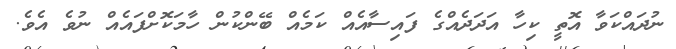
ނުދައްކަވާ އޮތީ ކިހާ އަދަދެއްގެ ފައިސާއެއް ކަމެއް ބޭންކުން ހާމަކޮށްފައެއް ނުވެ އެވެ.